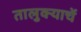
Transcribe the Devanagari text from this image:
तालुक्याचें